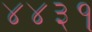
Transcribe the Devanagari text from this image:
४४३१